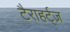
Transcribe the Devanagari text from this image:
टैराहर्ट्ज़